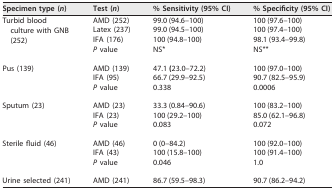
<table><thead><tr><td><b>Specimen type (<i>n</i>)</b></td><td><b>Test (<i>n</i>)</b></td><td><b>% Sensitivity (95% CI)</b></td><td><b>% Specificity (95% CI)</b></td></tr></thead><tbody><tr><td rowspan="3">Turbid blood culture with GNB (252)</td><td>AMD (252)</td><td>99.0 (94.6–100)</td><td>100 (97.6–100)</td></tr><tr><td>Latex (237)</td><td>99.0 (94.5–100)</td><td>100 (97.4–100)</td></tr><tr><td>IFA (176)</td><td>100 (94.8–100)</td><td>98.1 (93.4–99.8)</td></tr><tr><td></td><td><i>P</i> value</td><td>NS*</td><td>NS**</td></tr><tr><td rowspan="2">Pus (139)</td><td>AMD (139)</td><td>47.1 <b>(</b>23.0–72.2)</td><td>100 (97.0–100)</td></tr><tr><td>IFA (95)</td><td>66.7 (29.9–92.5)</td><td>90.7 (82.5–95.9)</td></tr><tr><td></td><td><i>P</i> value</td><td>0.338</td><td>0.0006</td></tr><tr><td rowspan="2">Sputum (23)</td><td>AMD (23)</td><td>33.3 (0.84–90.6)</td><td>100 (83.2–100)</td></tr><tr><td>IFA (23)</td><td>100 (29.2–100)</td><td>85.0 (62.1–96.8)</td></tr><tr><td></td><td><i>P</i> value</td><td>0.083</td><td>0.072</td></tr><tr><td rowspan="2">Sterile fluid (46)</td><td>AMD (46)</td><td>0 (0–84.2)</td><td>100 (92.0–100)</td></tr><tr><td>IFA (43)</td><td>100 (15.8–100)</td><td>100 (91.4–100)</td></tr><tr><td></td><td><i>P</i> value</td><td>0.046</td><td>1.0</td></tr><tr><td>Urine selected (241)</td><td>AMD (241)</td><td>86.7 (59.5–98.3)</td><td>90.7 (86.2–94.2)</td></tr></tbody></table>